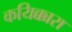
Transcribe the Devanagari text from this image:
कयिक्कारा